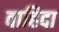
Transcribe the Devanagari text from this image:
वाहिदा